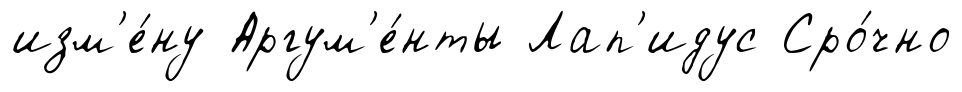
изм'е́ну Аргум'е́нты Лап'идус Сро́чно